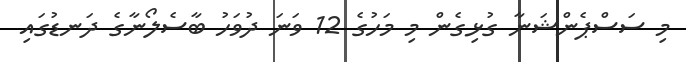
މި ސަސްޕެންޝަނާ ގުޅިގެން މި މަހުގެ 12 ވަނަ ދުވަހު ބާސެލޯނާގެ ދަނޑުގައި